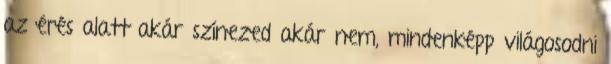
az érés alatt akár színezed akár nem, mindenképp világosodni